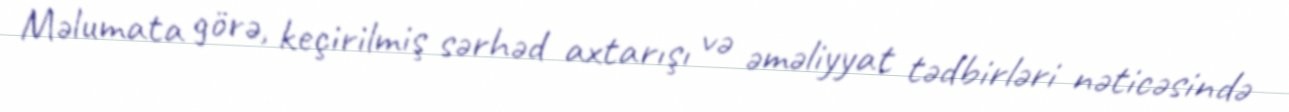
Məlumata görə, keçirilmiş sərhəd axtarışı və əməliyyat tədbirləri nəticəsində